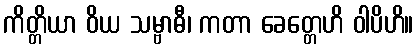
ကိတ္တိယာ ဝိယ သမ္ဗာဓီ၊ ကတာ ခေတ္တေဟိ ဝါပိဟိ။